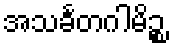
အသင်္ခတဂါမိဉ္စ